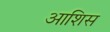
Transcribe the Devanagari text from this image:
आशिस